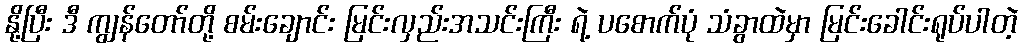
နို့ပြီး ဒီ ကျွန်တော်တို့ စမ်းချောင်း မြင်းလှည်းအသင်းကြီး ရဲ့ ပစောက်ပုံ သံခွာထဲမှာ မြင်းခေါင်းရုပ်ပါတဲ့